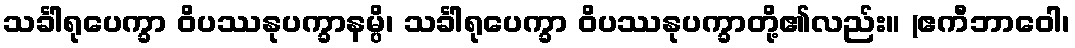
သင်္ခါရုပေက္ခာ ဝိပဿနုပက္ခာနမ္ပိ၊ သင်္ခါရုပေက္ခာ ဝိပဿနုပက္ခာတို့၏လည်း။ (ဧကီဘာဝေါ၊